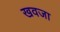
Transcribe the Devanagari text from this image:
खवजा